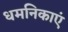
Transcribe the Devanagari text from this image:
धमनिकाएं